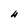
Character: H